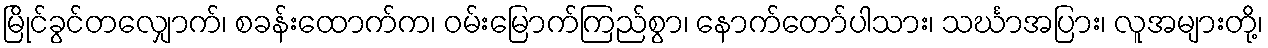
မြိုင်ခွင်တလျှောက်၊ စခန်းထောက်က၊ ဝမ်းမြောက်ကြည်စွာ၊ နောက်တော်ပါသား၊ သင်္ဃာအပြား၊ လူအများတို့၊